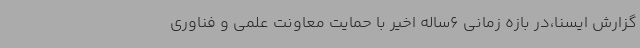
گزارش ایسنا،در بازه زمانی 6ساله اخیر با حمایت معاونت علمی و فناوری